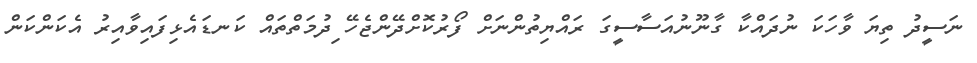
ނަސީދު ތިޔަ ވާހަކަ ނުދައްކާ ގާނޫނުއަސާސީގަ ރައްޔިތުންނަށް ފޯރުކޮށްދޭންޖެހޭ ިދުމަތްތައް ކަނޑައެޅިފައިވާއިރު އެކަންކަން